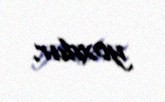
yoxdur.